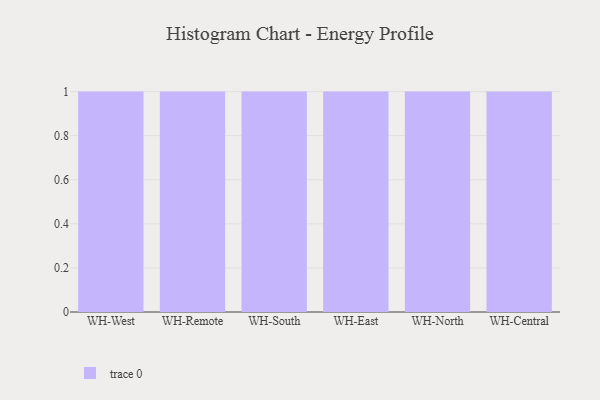
{"axis": {"x": "Warehouse", "y": "Budget (USD K)"}, "legend": [""], "data": [{"x": "WH-West", "y": 56, "type": ""}, {"x": "WH-Remote", "y": 42, "type": ""}, {"x": "WH-South", "y": 72, "type": ""}, {"x": "WH-East", "y": 20, "type": ""}, {"x": "WH-North", "y": 48, "type": ""}, {"x": "WH-Central", "y": 60, "type": ""}]}